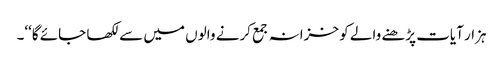
ہزار آیات پڑھنے والے کو خزانہ جمع کرنے والوں میں سے لکھا جائے گا‘‘۔